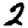
Digit: 2